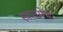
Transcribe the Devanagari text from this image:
स्वातमेघ